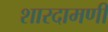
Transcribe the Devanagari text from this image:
शारदामणी